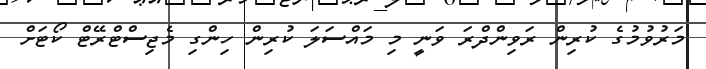
މަރުވުމުގެ ކުރިން ރަވިންދްރަ ވަނީ މި މައްސަލަ ކުރިން ހިންގި މެޖިސްޓްރޭޓް ކޯޓަށް